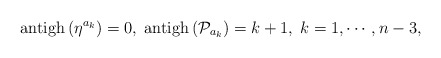
\begin{align*}\mathrm{antigh}\left( \eta ^{a_{k}}\right) =0,\;\mathrm{antigh}\left(\mathcal{P}_{a_{k}}\right) =k+1,\;k=1,\cdots ,n-3, \end{align*}